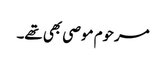
مرحوم موصی بھی تھے۔